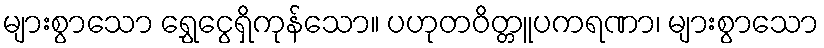
များစွာသော ရွှေငွေရှိကုန်သော။ ပဟုတဝိတ္တူပကရဏာ၊ များစွာသော